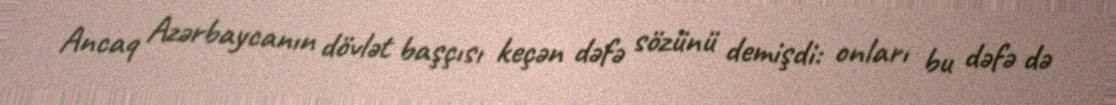
Ancaq Azərbaycanın dövlət başçısı keçən dəfə sözünü demişdi: onları bu dəfə də